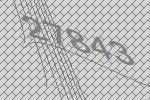
27843